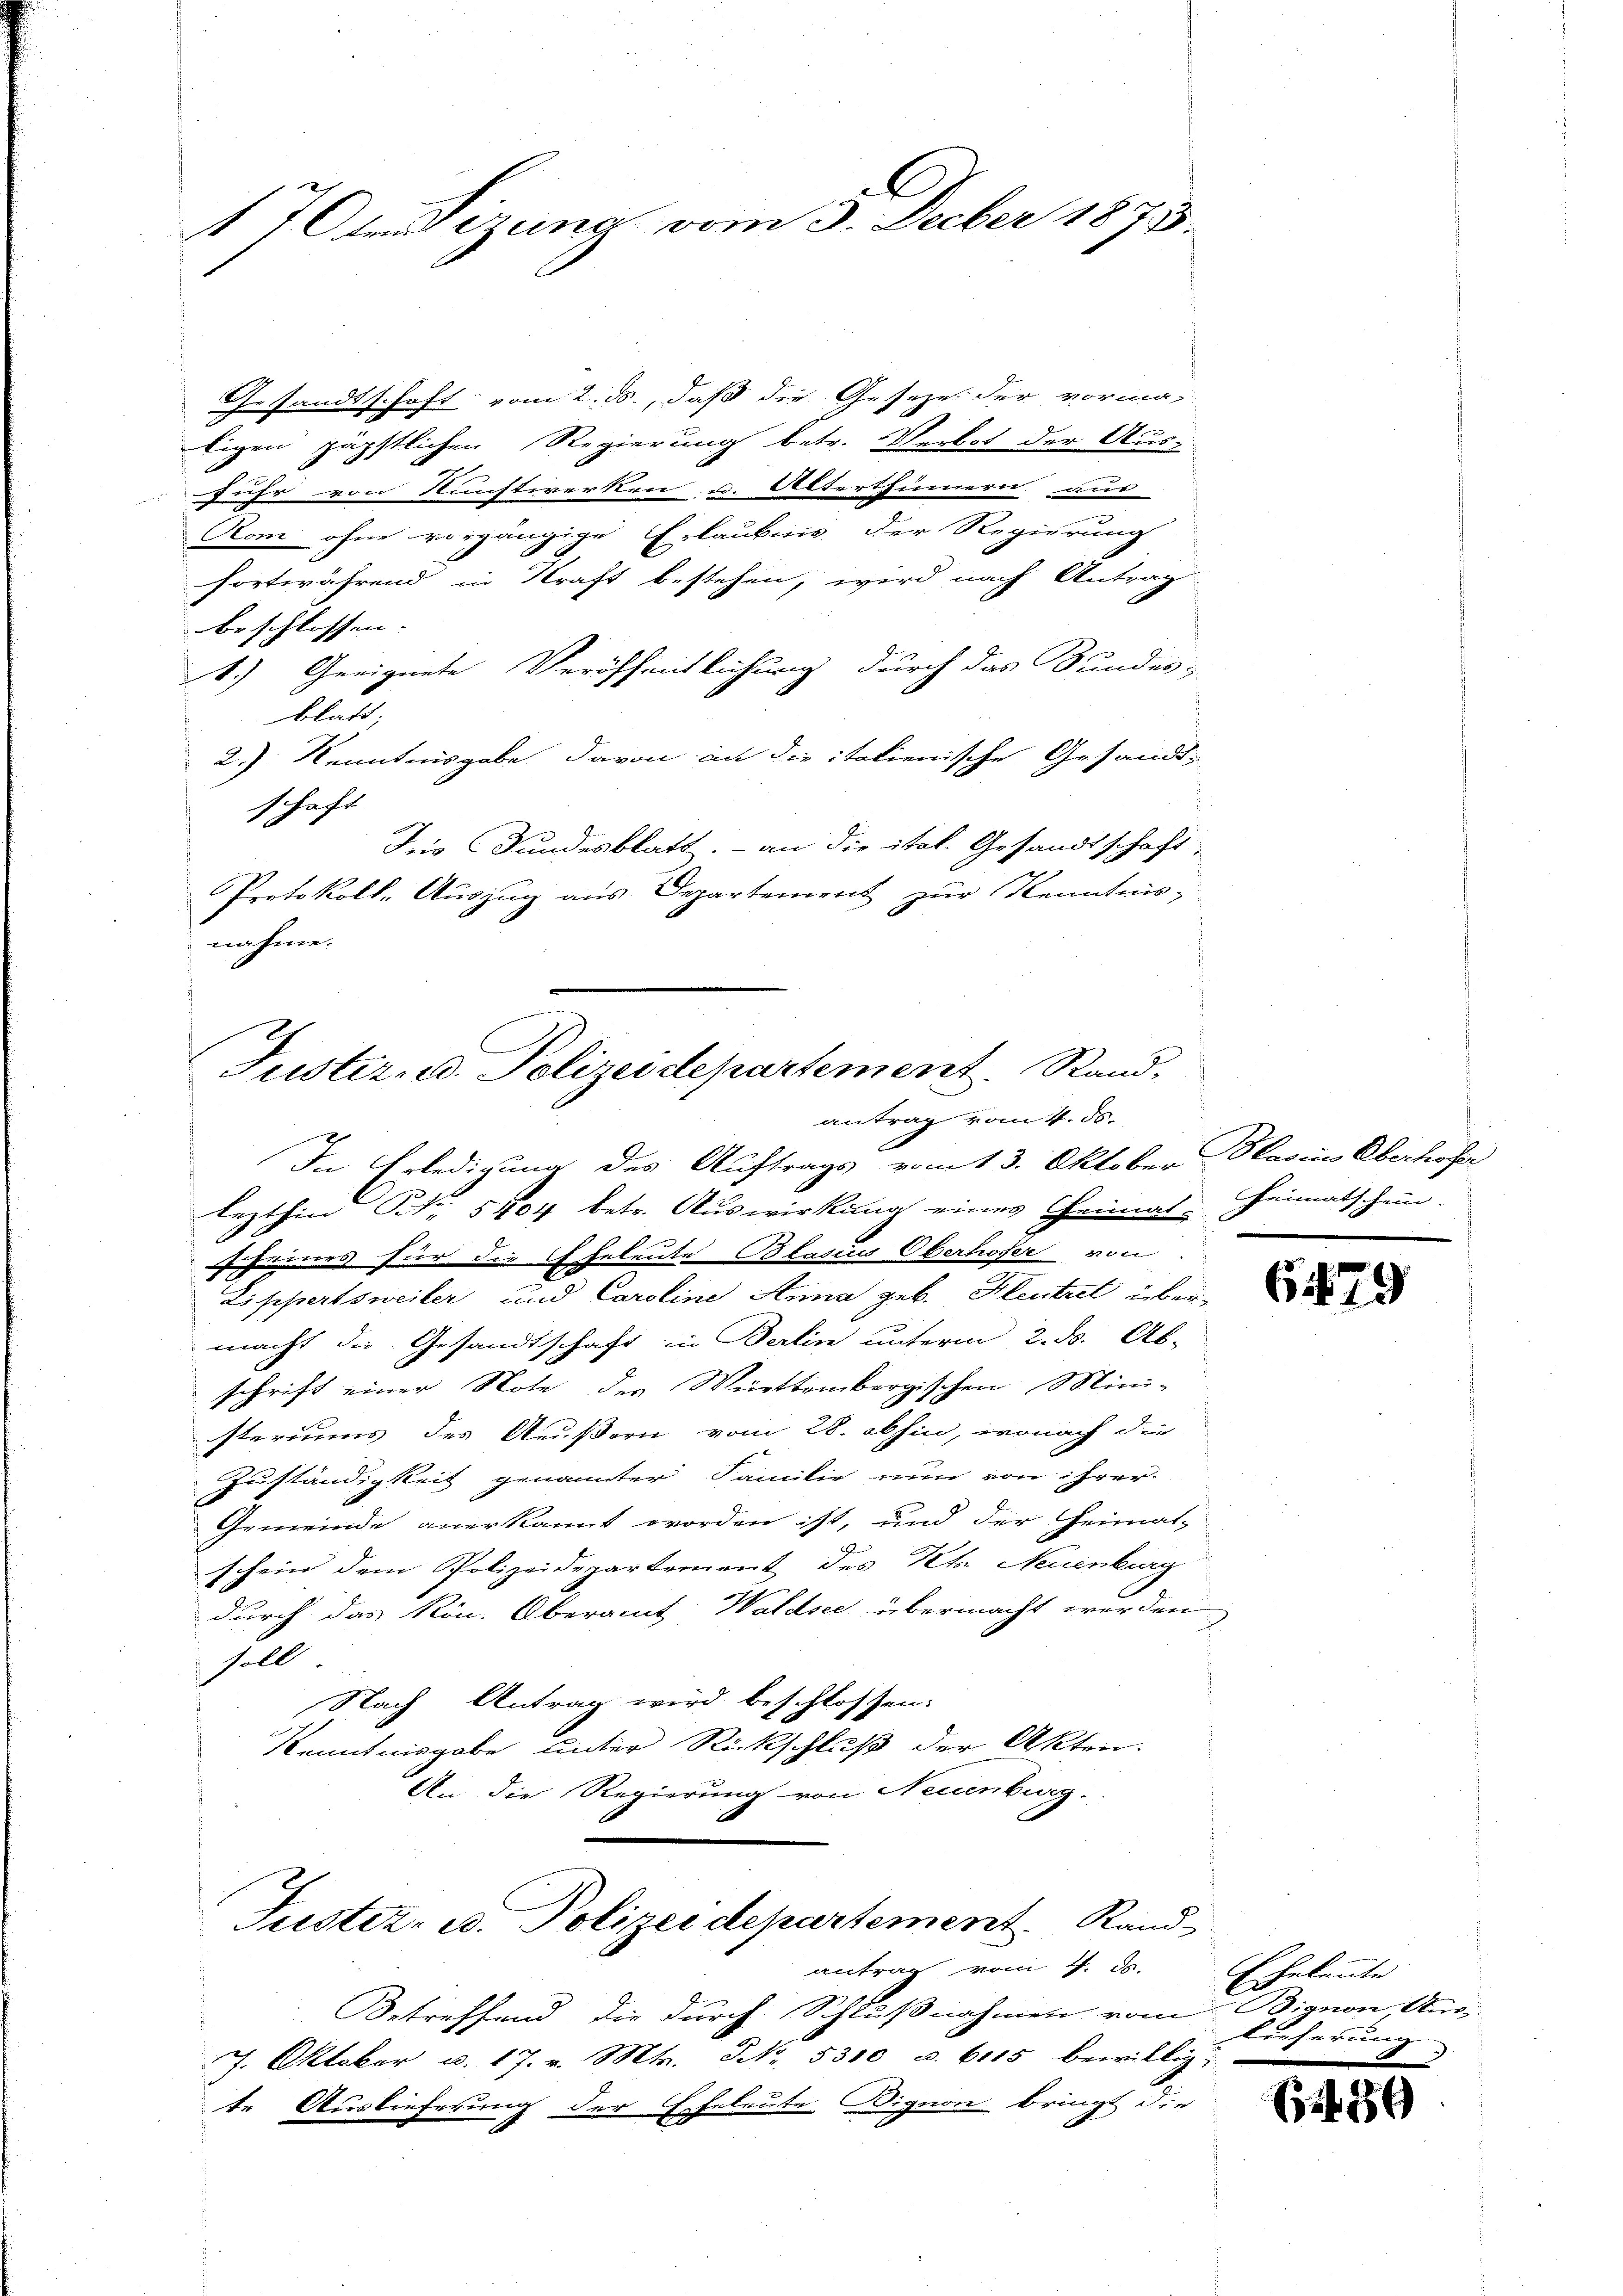
17 Orsizung vom 3. Decber 1873

Gesandtschaft vom 2. ds., daß die Gesezes der vorma-
tigen päpstlichen Regierung betr. Verbot der Aus-
fuhr von Kunstwerken u. Alterthümern aus
.
Rom ohne vorgängige Erlaubnis, der Regierung
fortwährend in Kraft bestehen, wird nach Antrag
beschlossen. |
1.) Geeignete Veröffentlichung durch das Bundes-
blatt,
2.) Kenntnisgabe davon an die italienische Gesandt-
schaft
Die Fundesblatt, - an die ital. Gesandtschaft,
Protokoll- Auszug aus Departement zur Kenntnis-
nahme.

Justiz- u. Polizeidepartement. Stand.
antrag vom 4. ds.

Justiz- u. Polizeidepartement. Rand
antrag vom 4. ds.

Betreffend die durch Schlußnahmen vom Bignon, Aus-
7. Oktober u. 17. v. Mts. NNo. 5310 u. 6115 bewillig.
te Auslieferung der Eheleute Dignon bringt die

In Erledigung des Auftrags vom 13. Oktober Blasins Oberlohre
lezthin Art. 5704 betr. Auswirkung eines Geimat-Heimatschein
heimes für die Eheleute Blasius Oberhofer von
Lippertsweiler und Caroline Anna geb. Heutet übermacht die Gesandtschaft in Berlin unterm 2. ds. Ab-
schrift einer Note des Württembergischen Mini-
steriums des Aeußern vom 28. abhin, wonach die
Zuständigkeit genannter Familie nun von ihrer
Gemeinde anerkannt worden ist, und der Heimat-
schein dem Polizeidepartement des Kts. Neuenburg
durch das Rön. Oberamt Waldsee übermacht werden
soll
Nach Antrag wird beschlossen:
Kenntnisgabe unter Rückschluß der Akten:
An die Regierung von Neuenburg.

647

i

)

Eheleute
Lieferung